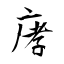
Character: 庨